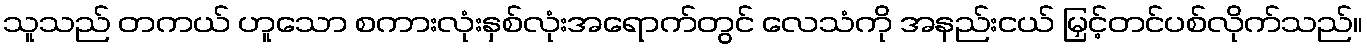
သူသည် တကယ် ဟူသော စကားလုံးနှစ်လုံးအရောက်တွင် လေသံကို အနည်းငယ် မြှင့်တင်ပစ်လိုက်သည်။